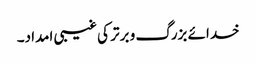
خدائے بزرگ و برتر کی غیبی امداد۔